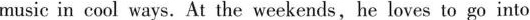
music in cool ways.At the weekends,he loves to go into